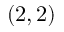
( 2 , 2 )